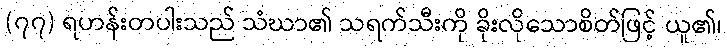
(၇၇) ရဟန်းတပါးသည် သံဃာ၏ သရက်သီးကို ခိုးလိုသောစိတ်ဖြင့် ယူ၏၊